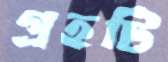
গ্রহটি